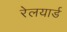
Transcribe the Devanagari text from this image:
रेलयार्ड